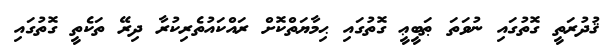
ޤުދުރަތީ ގޮތުގައި ނުވަތަ ޠަބީޢީ ގޮތުގައި ޙިމާޔަތްކޮށް ރައްކައުތެރިކުރާ ދިރޭ ތަކެތީ ގޮތުގައި